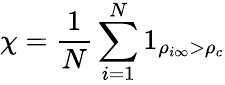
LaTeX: \chi=\frac{1}{N}\sum_{i=1}^{N}1_{\rho_{i\infty}>\rho_{c}}